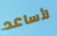
لأساعد